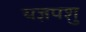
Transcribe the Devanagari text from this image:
यज्ञपशु